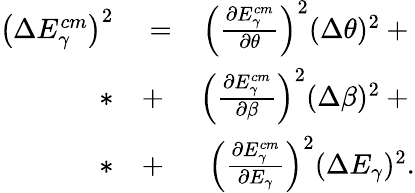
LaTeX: \begin{array}{rlr}{\left(\Delta E_{\gamma}^{cm}\right)^{2}}&{{}=}&{{}\left(\frac{\partial E_{\gamma}^{cm}}{\partial\theta}\right)^{2}(\Delta\theta)^{2}+{}}\\ {*}&{{}+}&{{}\left(\frac{\partial E_{\gamma}^{cm}}{\partial\beta}\right)^{2}(\Delta\beta)^{2}+{}}\\ {*}&{{}+}&{{}\left(\frac{\partial E_{\gamma}^{cm}}{\partial E_{\gamma}}\right)^{2}(\Delta E_{\gamma})^{2}.}\end{array}